Annual administration report of the Civil Veterinary Department of India - 1898-1899
Year: 1898
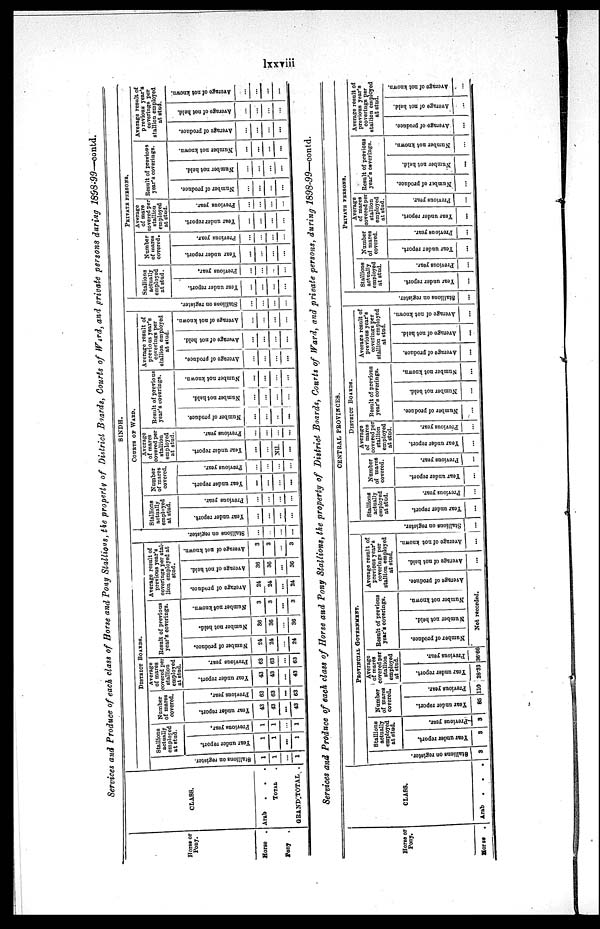
lxxviii
Services and Produce of each class of Horse and Pony Stallions, the property of District Boards, Courts of Ward, and private persons during 1898-99—contd.
Horse or
Pony.
Horse .
Pony .
CLASS.
Arab
.
.
.
TOTAL .
GRAND TOTAL .
SINDH.
DISTRICT BOARDS.
St al l
i
ons on register.
1
1
...
1
Stallions
actually
employed
at stud.
Year under report.
1
1
...
1
Previous year,
1
1
...
1
Number
of mares
covered.
Year under report.
43
43
...
43
Previous year.
63
63
...
63
Average
of mares
covered per
stallion
employed
at stud.
Year under report.
43
43
...
43
Previous year.
63
63
...
63
Result of previous
year's coverings.
Number of produce.
24
24
...
24
Number not held.
36
36
...
36
Number not known.
3
3
...
3
Average result of
previous year's
coverings per stal-
lion employed at
stud.
Average of produce.
24
24
...
24
Average
of not hold.
36
36
...
36
Average of not known.
3
3
...
3
Stallions on register.
...
...
...
...
COURTS OF WARD.
Stallions
actually
employed
at stud.
Year under report.
...
...
...
...
Previous year.
...
...
...
...
Number
of mares
covered.
Year under report.
...
...
...
...
Previous year.
...
...
...
...
Average
of mares
covered per
stallion
employed
at stud.
Year under report.
...
...
Nil.
...
Previous year.
...
...
...
...
Result of previous
year's coverings.
Number of produce.
...
...
...
...
Number not held.
...
...
...
...
Number not known.
...
...
...
...
Average result of
previous year's
coverings per
stallion employed
at stud.
Average
of produce.
...
...
...
...
Average of not held.
...
...
...
...
Average
of not known.
...
...
...
...
Stallions on register.
...
...
...
...
PRIVATE PERSONS.
Stallions
actually
employed
at stud.
Year under report.
...
...
...
...
Previous year.
...
...
...
...
Number
of mares
covered.
Year under report.
...
...
...
...
Previous year.
...
...
...
...
Average
of mare
covered per
stallion
employed
at stud.
Year under report.
...
...
...
...
Previous year.
...
...
...
...
Result of previous
year's coverings.
Number
of produce.
...
...
...
...
Number
not held.
...
...
...
...
Number
not known.
...
...
...
...
Average result of
previous year's
coverings per
stallion employed
at stud.
Average
of produce.
...
...
...
...
Average
of not held.
...
...
...
...
Average
of not known.
...
...
...
...
Services and Produce of each class of Horse and Pony Stallions, the property of District Boards, Courts of Ward, and private persons, during 1898-99—contd.
Horse or
Pony.
Horse .
CLASS.
Arab
.
.
.
CENTRAL PROVINCES.
PROVINCIAL GOVERNMENT.
Stallions on register.
3
Stallions
actually
employed
at stud.
Year under report.
3
Previous year.
9
Number
of mares
covered.
Year under report.
85
Previous year.
110
Average
of mares
covered per
stallion
employed
at stud.
Year under report.
28.33
Previous year.
36.66
Result of previous
year's coverings.
Number of produce.
Number not held.
Number not known.
Average result of
previous year's
coverings per
stallion employed
at stud.
Average of produce.
Not recorded.
Average of not held.
...
Average
of not known.
...
St al l
i
ons on register.
...
DISTRICT BOARDS.
Stallions
actually
employed
at stud.
Year under report.
...
Previous year.
...
Number
of marcs
covered.
Year under report.
...
Previous year.
...
Average
of mares
covered per
stallion
employed
at stud.
Year under report.
...
Previous year.
...
Result of previous
year's coverings.
Number of produce.
...
Number not held.
...
Number not known.
...
Average result of
previous year's
coverings per
stallion employed
at stud.
Average of produce.
...
Average of not held.
...
Average of not known.
...
Stallions on register.
...
PRIVATE PERSONS.
Stallions
actually
employed
at stud.
Year under report.
...
Previous year.
...
Number
of mares
covered.
Year under report.
...
Previous year.
...
Average
of mares
covered per
stallion
employed
at stud.
Year under report.
...
Previous year.
...
Result of previous
year's coverings.
Number
of produce.
...
Number not held.
...
Number not known.
...
Average result of
previous year's
coverings per
stallion employed
at stud.
Average of produce.
...
Average of not held.
...
Average of not known.
...